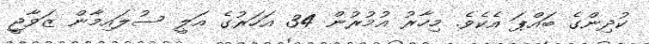
ކުދިންގެ ބައްޕަ އެކެވެ. މިހާރު އުމުރުން 34 އަހަރުގެ އަލީ ސުލައިމާން ޒަވާޖީ